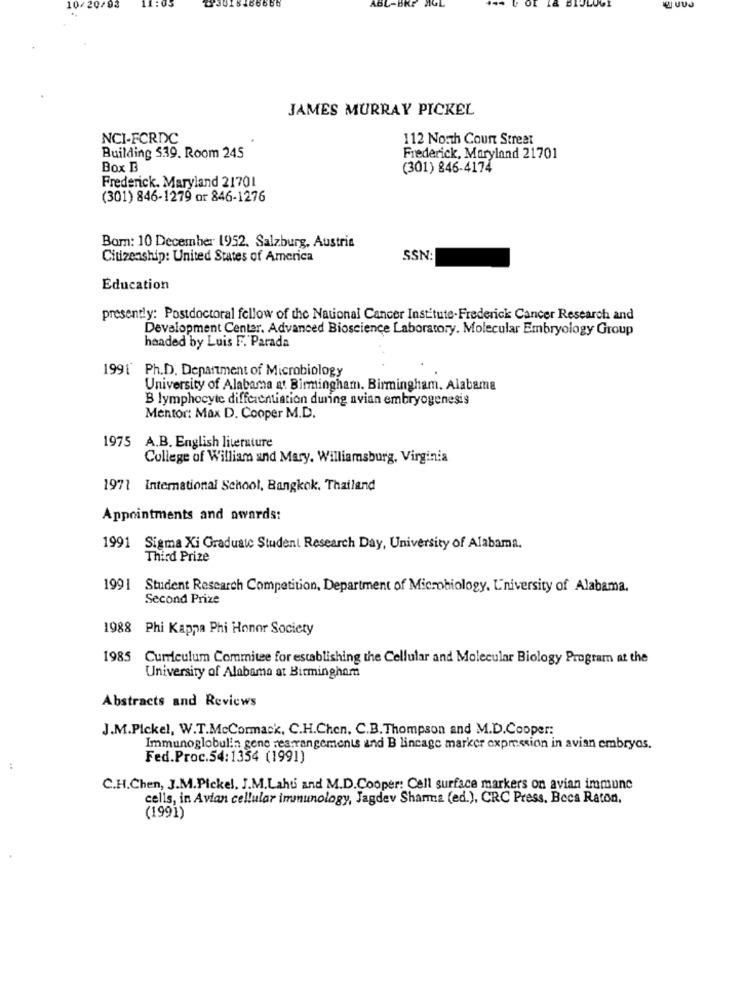
10/20/93
ABL-BKE
JAMES MURRAY PICKEL
NCI-FCRDC
112 North Count Street
Building 539. Room 245
Frederick, Maryland 21701
Box B
(301) 846-4174
Frederick. Maryland 21701
(301) 846-1279 or 846-1276
Bom: 10 December 1952, Salzburg, Austria
Citizenship: United States of America
SSN
Education
presently: Postdoctoral fellow of the National Cancer Institute-Frederick Cancer Research and
Development Center. Advanced Bioscience Laboratory. Molecular Embryology Group
headed by Luis F. Parada
1991 Ph.D. Department of Microbiology
University of Alabama at Birmingham. Birmingham. Alabama
B lymphocyte differentiation during avian embryogenesis
Mentor: Max D. Cooper M.D.
1975 A.B. English literature
College of William and Mary. Williamsburg, Virginia
1971 International School, Bangkok, Thailand
Appointments and awards:
1991 Sigma Xi Graduate Student Research Day, University of Alabama.
Third Prize
1991 Student Research Competition, Department of Microbiology, University of Alabama.
Second Prize
1988 Phi Kappa Phi Honor Society
1985 Curriculum Commitee for establishing the Cellular and Molecular Biology Program at the
University of Alabama at Birmingham
Abstracts and Reviews
J.M.Pickel, W.T.McCormack, C.H.Chen, C.B. Thompson and M.D.Cooper:
Immunoglobulin gene rearrangements and B lincage marker expression in avian embryos.
Fed.Proc.54:1354 (1991)
:
C.H.Chen, J.M.Pickel, J.M.Lahti and M.D.Cooper: Cell surface markers on avian immune
cells, in Avian cellular immunology, Jagdev Sharma (ed.), CRC Press. Boca Raton,
(1991)